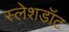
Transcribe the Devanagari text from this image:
स्लेशडॉट